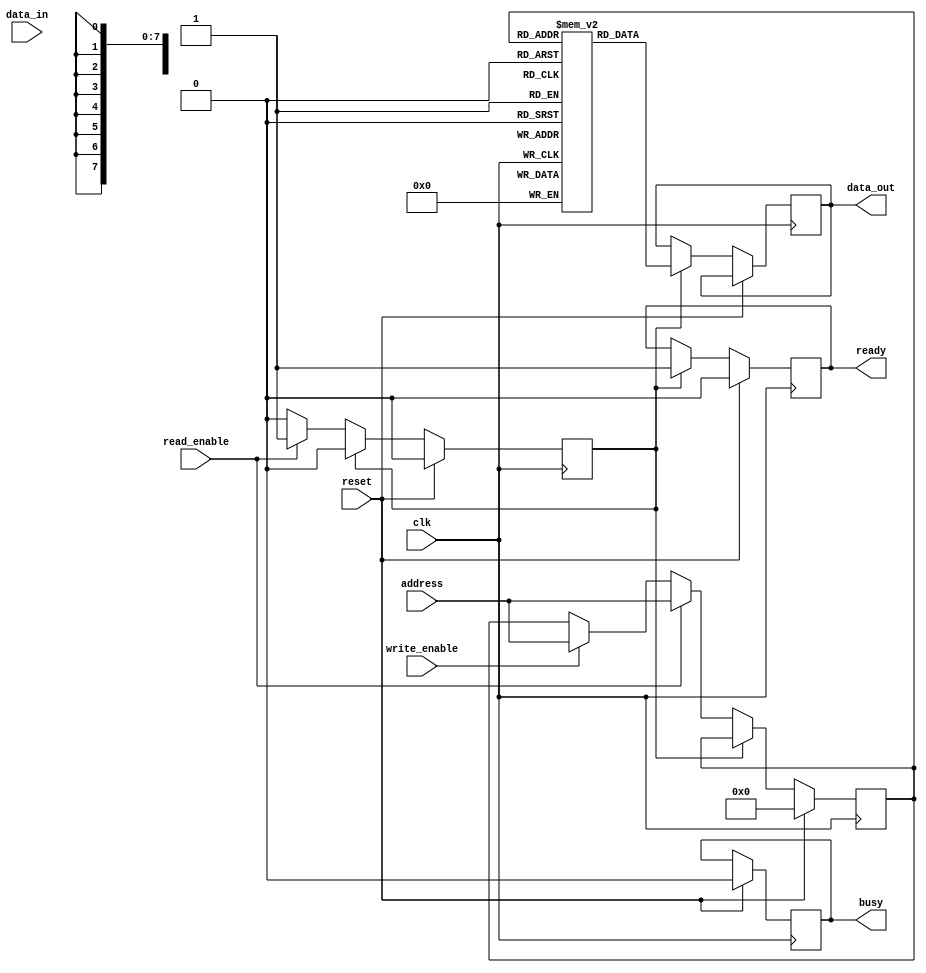
module flash_memory(
    input wire clk,
    input wire reset,
    input wire write_enable,
    input wire read_enable,
    input wire[7:0] data_in,
    output reg[7:0] data_out,
    input wire[15:0] address,
    output reg busy,
    output reg ready
);

reg[7:0] memory[0:65535];

reg[15:0] address_reg;
reg[7:0] data_reg;
reg state_reg;

parameter IDLE = 2'b00;
parameter READ = 2'b01;
parameter WRITE = 2'b10;

always @(posedge clk) begin
    if(reset) begin
        address_reg <= 16'h0000;
        data_reg <= 8'h00;
        state_reg <= IDLE;
        busy <= 1'b0;
        ready <= 1'b0;
    end else begin
        case(state_reg)
            IDLE: begin
                if(read_enable) begin
                    state_reg <= READ;
                    address_reg <= address;
                end
                else if(write_enable) begin
                    state_reg <= WRITE;
                    address_reg <= address;
                    data_reg <= data_in;
                end
            end
            
            READ: begin
                data_out <= memory[address_reg];
                state_reg <= IDLE;
                ready <= 1'b1;
            end
            
            WRITE: begin
                memory[address_reg] <= data_reg;
                state_reg <= IDLE;
                ready <= 1'b1;
            end
        endcase
    end
end

endmodule